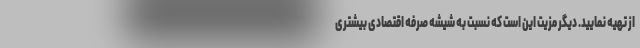
از تهیه نمایید. دیگر مزیت این است که نسبت به شیشه صرفه اقتصادی بیشتری